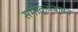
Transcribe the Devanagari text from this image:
समीक्षेबाबत